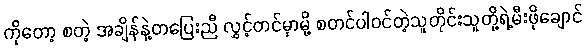
ကိုတော့ စတဲ့ အချိန်နဲ့တပြေးညီ လွှင့်တင်မှာမို့ စတင်ပါ၀င်တဲ့သူတိုင်းသူတို့ရဲ့မီးဖိုချောင်